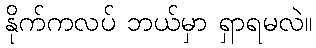
နိုက်ကလပ် ဘယ်မှာ ရှာရမလဲ။